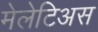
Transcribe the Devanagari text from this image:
मेलेटिअस